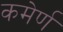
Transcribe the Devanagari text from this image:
कमेर्ण